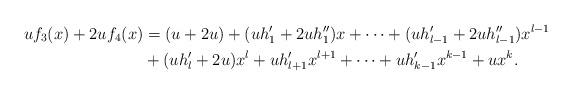
LaTeX: \begin{align*}uf_3(x) + 2uf_4(x) & = (u+2u) + (uh_1^{\prime}+2uh_1^{\prime\prime})x + \cdots + (uh_{l-1}^{\prime}+2uh_{l-1}^{\prime\prime})x^{l-1} \\ & + (uh_l^{\prime}+2u)x^l + uh_{l+1}^{\prime}x^{l+1} + \cdots + uh_{k-1}^{\prime}x^{k-1} + ux^k. \end{align*}